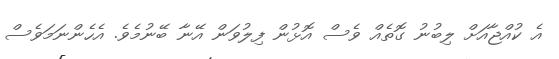
އެ ކުއްޖާއަށް ލިބުނު ގޮތެއް ވެސް އޮޅުން ފިލުވަން އޭނާ ބޭނުމެވެ. އެހެންނަމަވެސް